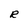
Character: R